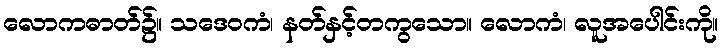
လောကဓာတ်၌။ သဒေဝကံ၊ နတ်နှင့်တကွသော။ လောကံ၊ လူအပေါင်းကို။